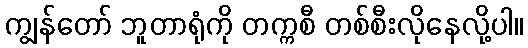
ကျွန်တော် ဘူတာရုံကို တက္ကစီ တစ်စီးလိုနေလို့ပါ။